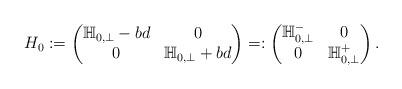
LaTeX: \begin{align*}H_{0} := \begin{pmatrix} \mathbb{H}_{0,\perp} - bd & 0 \\ 0 & \mathbb{H}_{0,\perp} + bd\end{pmatrix} =: \begin{pmatrix} \mathbb{H}_{0,\perp}^{-} & 0 \\ 0 & \mathbb{H}_{0,\perp}^{+}\end{pmatrix}.\end{align*}